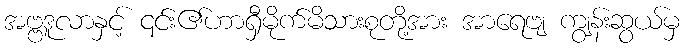
အဗ္ဗဒူလာနှင့် ၎င်း၏ဟာရှီမိုက်မိသားစုတို့အား အာရေဗျ ကျွန်းဆွယ်မှ